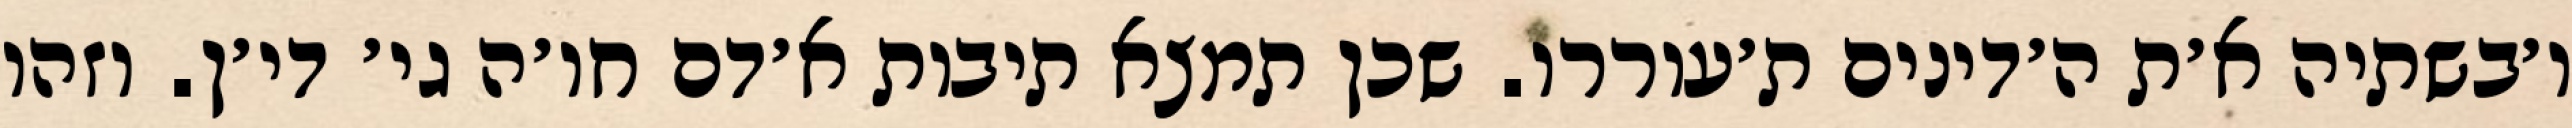
ו׳בשתיה א׳ת ה׳דינים ת׳עוררו. שכן תמצא תיבות א׳דם חו׳ה גי׳ די׳ן. וזהו